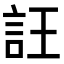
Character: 𧥶